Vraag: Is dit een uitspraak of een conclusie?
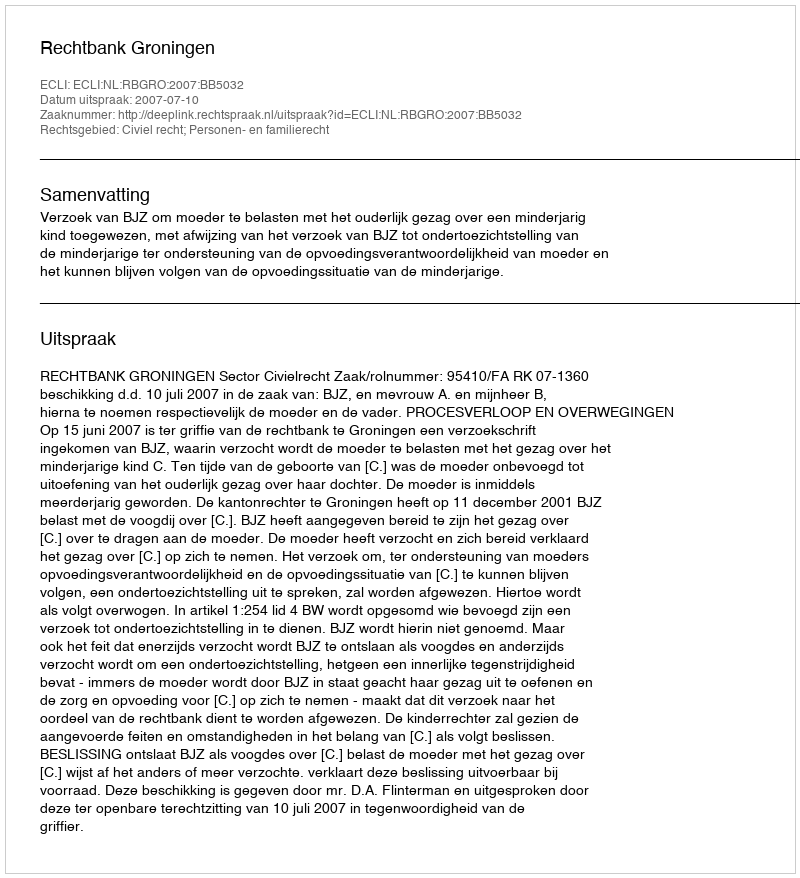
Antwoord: Uitspraak